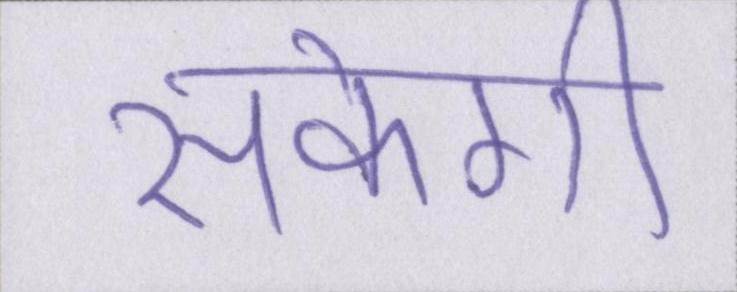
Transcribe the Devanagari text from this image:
सकेगी